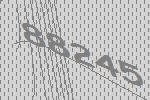
88245